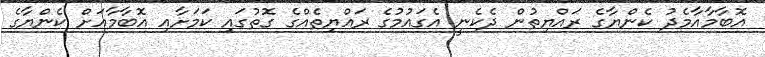
އޮބާމާއާމެދު ކެންޔާގެ ރައްޔިތުން ދެކެނީ އެގައުމުގެ ރައްޔިތެއްގެ ގޮތުގައި ކަމަށާއި އޮބާމާއަށް ކެންޔާގެ